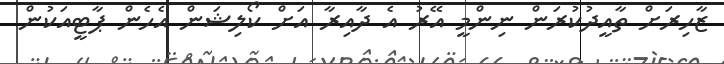
ޒާހިރަށް ތާއީދުކުރަން ނިންމީ އޭރު އެ ދާއިރާ އަށް ކޯލިޝަން އެހެން ޕާޓީއަކުން